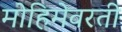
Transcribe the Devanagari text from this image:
मोहिमेवरती